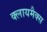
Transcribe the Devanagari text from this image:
क्लायमैक्स